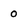
Character: 0